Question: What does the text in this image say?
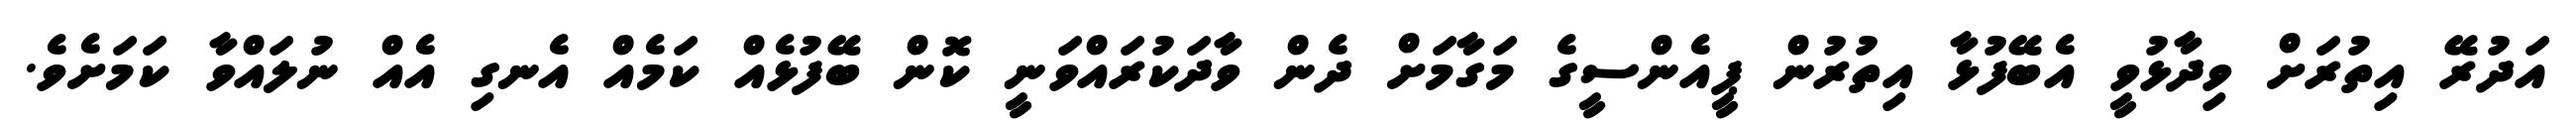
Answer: އަދުރޭ އިތުރަށް ވިދާޅުވީ އެބޭފުޅާ އިތުރުން ޕީއެންސީގެ މަގާމަށް ދެން ވާދަކުރައްވަނީ ކޮން ބޭފުޅެއް ކަމެއް އެނގި އެއް ނުލައްވާ ކަމަށެވެ.